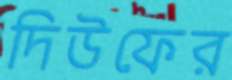
দিউফের